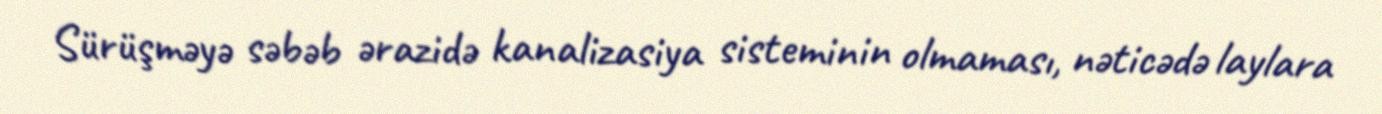
Sürüşməyə səbəb ərazidə kanalizasiya sisteminin olmaması, nəticədə laylara